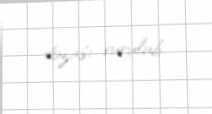
dozası vurulub.